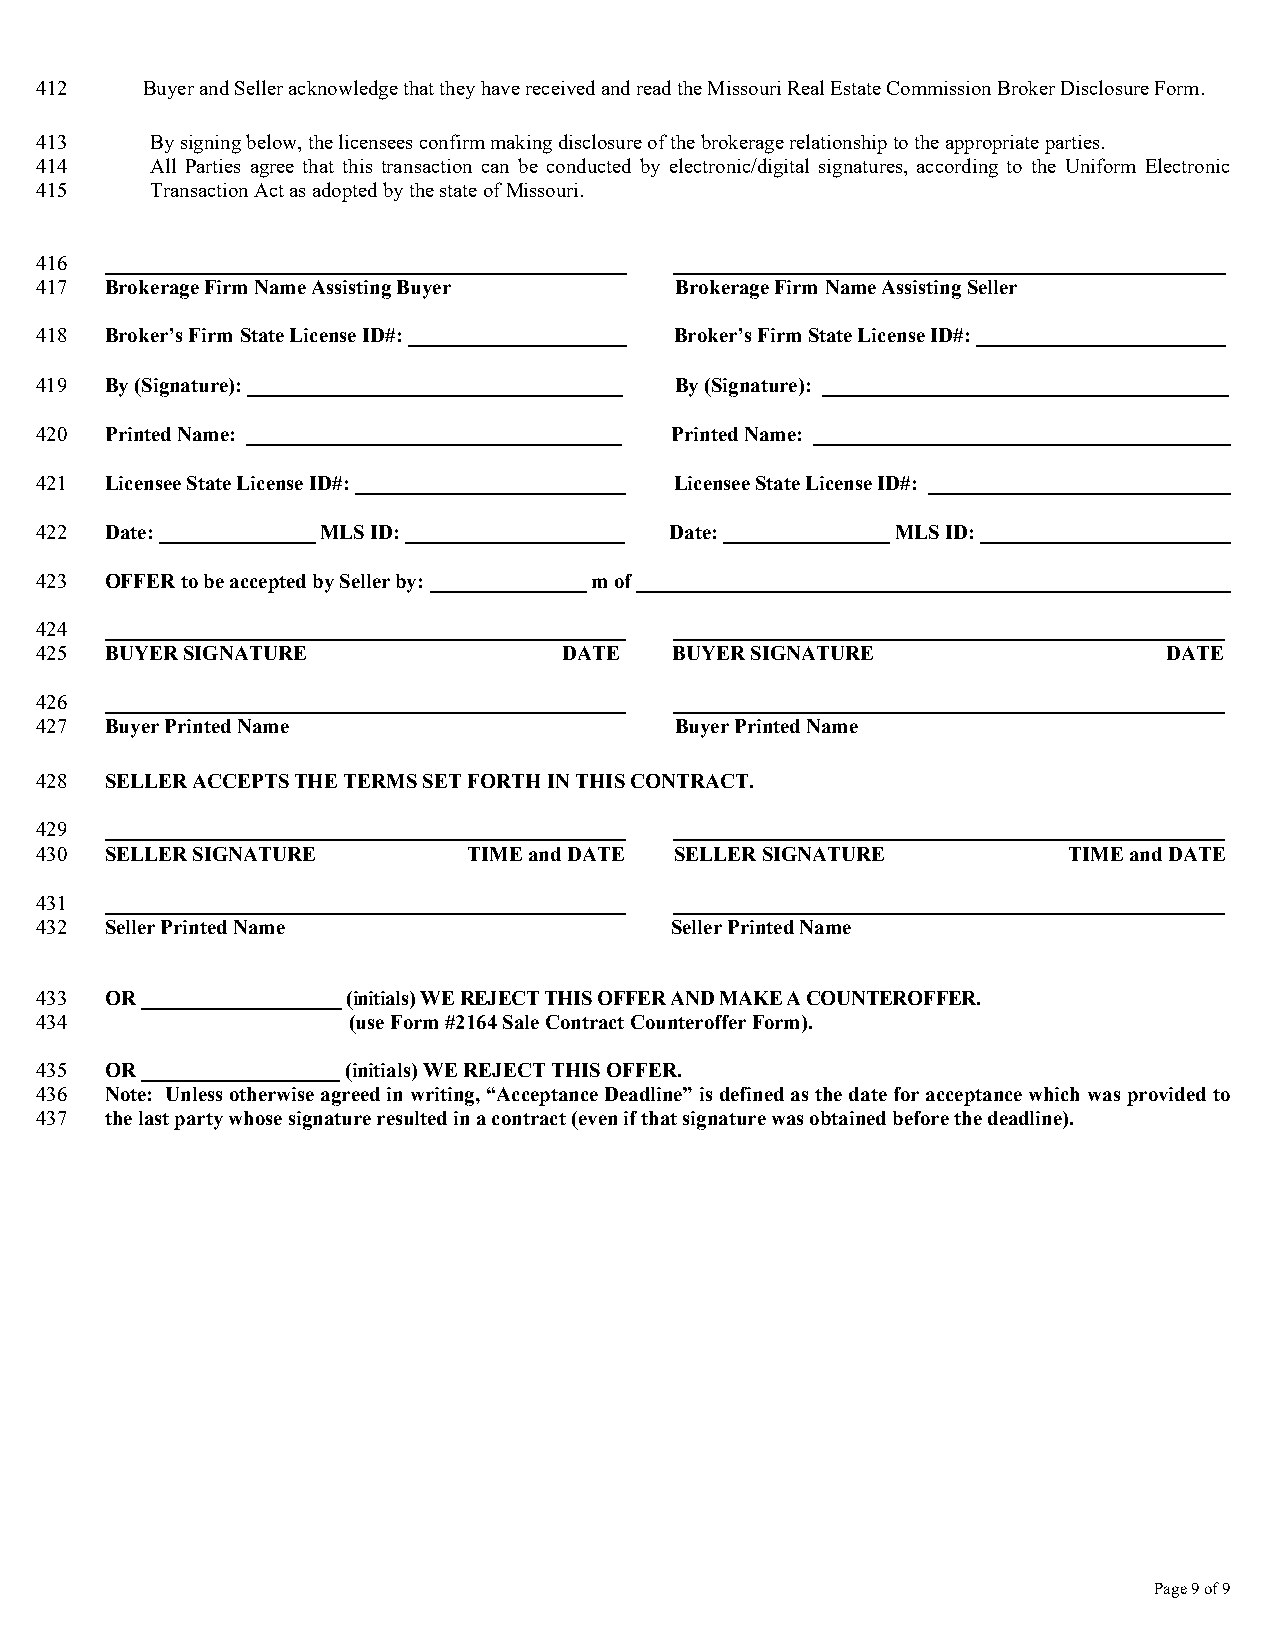
412    Buyer and Seller acknowledge that they have received and read the Missouri Real Estate Commission Broker Disclosure Form.
 413     By signing below, the licensees confirm making disclosure of the brokerage relationship to the appropriate parties.
 414     All Parties agree that this transaction can be conducted by electronic/digital signatures, according to the Uniform Electronic
 415     Transaction Act as adopted by the state of Missouri.
 416  __________________________________________________ _____________________________________________________
 417  Brokerage Firm Name Assisting Buyer   Brokerage Firm Name Assisting Seller
 418  Broker’s Firm State License ID#: _____________________ Broker’s Firm State License ID#: ________________________
 419  By (Signature): ____________________________________ By (Signature): _______________________________________
 420  Printed Name: ____________________________________ Printed Name: ________________________________________
 421  Licensee State License ID#: __________________________ Licensee State License ID#: _____________________________
 422  Date: _______________ MLS ID: _____________________ Date: ________________ MLS ID: ________________________
 423  OFFER to be accepted by Seller by: _______________ m of _________________________________________________________
 424  __________________________________________________ _____________________________________________________
 425  BUYER SIGNATURE               DATE    BUYER SIGNATURE                 DATE
 426  __________________________________________________ _____________________________________________________
 427  Buyer Printed Name                    Buyer Printed Name
 428  SELLER ACCEPTS THE TERMS SET FORTH IN THIS CONTRACT.
 429  __________________________________________________ _____________________________________________________
 430  SELLER SIGNATURE        TIME and DATE SELLER SIGNATURE          TIME and DATE
 431  __________________________________________________ _____________________________________________________
 432  Seller Printed Name                  Seller Printed Name
 433  OR ____________________ (initials) WE REJECT THIS OFFER AND MAKE A COUNTEROFFER.
 434                  (use Form #2164 Sale Contract Counteroffer Form).
 435  OR ___________________ (initials) WE REJECT THIS OFFER.
 436  Note: Unless otherwise agreed in writing, “Acceptance Deadline” is defined as the date for acceptance which was provided to
 437  the last party whose signature resulted in a contract (even if that signature was obtained before the deadline).
 Page 9 of 9